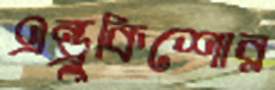
এন্ড্রুকিশোর